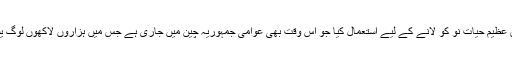
ایمان کے ساتھ مس ماری مونسین نے یسوع پر بھروسہ کیا، اور خُداوند نے اُنہیں اُس عظیم حیاتِ نو کو لانے کے لیے استعمال کیا جو اِس وقت بھی عوامی جمہوریہ چین میں جاری ہے جس میں ہزاروں لاکھوں لوگ یسوع پر بھروسہ کر رہے ہیں اورنئے مسیحیوں کی حیثیت سے بپتسمہ لے رہے ہیں!